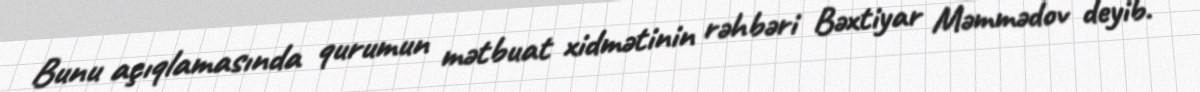
Bunu açıqlamasında qurumun mətbuat xidmətinin rəhbəri Bəxtiyar Məmmədov deyib.